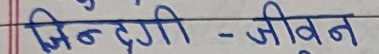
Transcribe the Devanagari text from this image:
जिन्दगी - जीवन